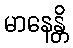
မာနေန္တိ